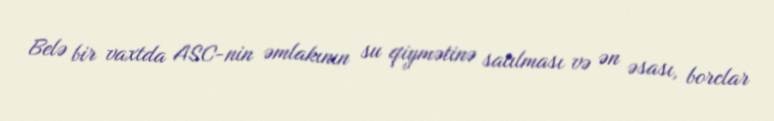
Belə bir vaxtda ASC-nin əmlakının su qiymətinə satılması və ən əsası, borclar